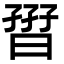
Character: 𡦏